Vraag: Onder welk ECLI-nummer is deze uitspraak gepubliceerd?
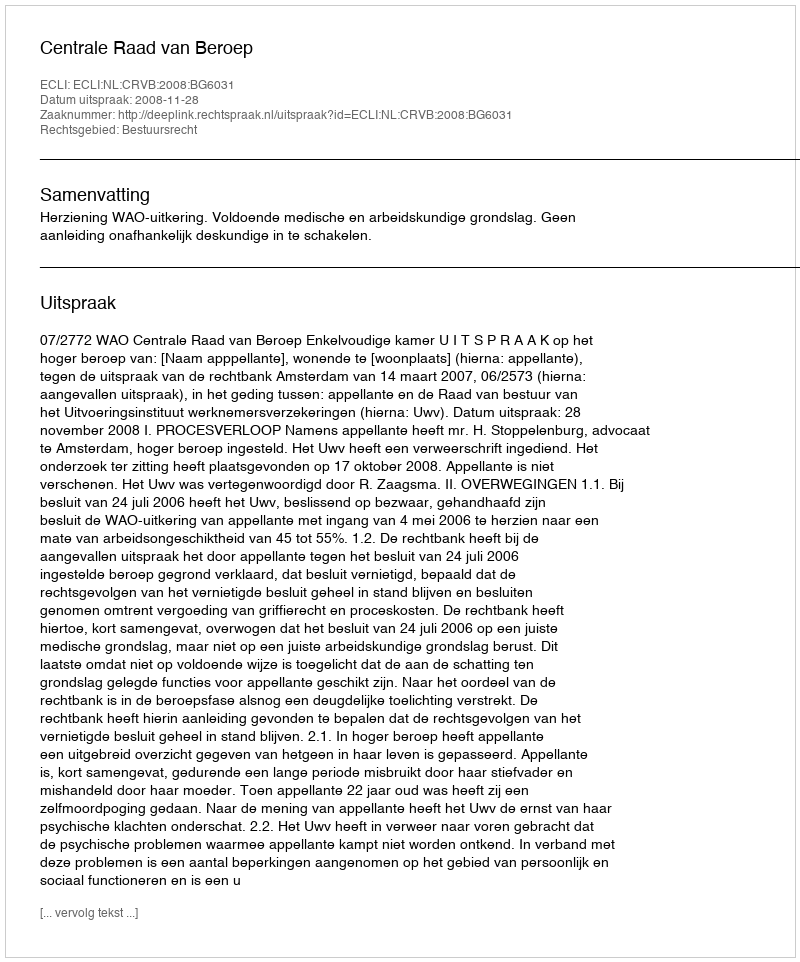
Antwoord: ECLI:NL:CRVB:2008:BG6031